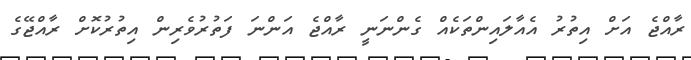
ރާއްޖެ އަށް އިތުރު އެއާލައިންތަކެއް ގެންނަނީ ރާއްޖެ އަންނަ ފަތުރުވެރިން އިތުރުކޮށް ރާއްޖޭގެ